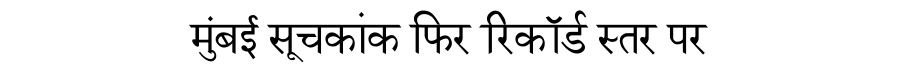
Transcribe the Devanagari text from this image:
मुंबई सूचकांक फिर रिकॉर्ड स्तर पर